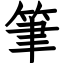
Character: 筆